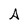
Character: A